Vital statistics of India. Vol. IV, Annual returns from 1871 to 1876. British Army of India, Native Army and jails of Bengal
Year: 1871
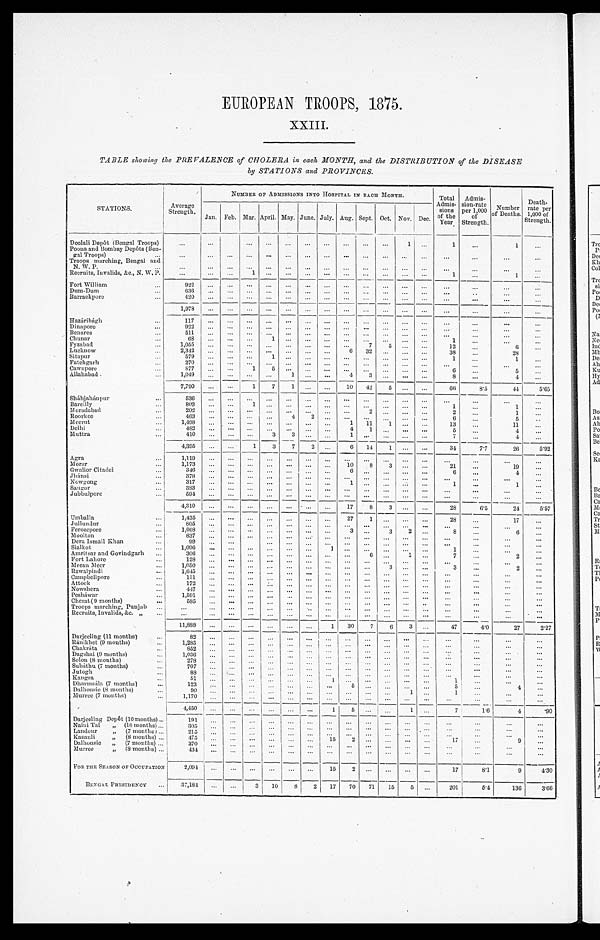
EUROPEAN TROOPS, 1875.
XXIII.
TABLE showing the PREVALENCE of CHOLERA in each MONTH, and the DISTRIBUTION of the DISEASE
by STATIONS and PROVINCES.
STATIONS
Average
Strength
NUMBER OF ADMISSIONS INTO HOSPITAL IN EACH MONTH.
Total A d m i s -
s i o n s o f t h e
Y e a r .
A d m i s -
sion-
r a t e p e r 1 , 0 0 0 o f S t r e n g t h . Number of
Deaths.
Death-
rate per
1 , 0 0 0 o f St r e n g t h .
Jan. Feb. Mar. April. May. June. July. Aug.
S e p t .
Oct. Nov. Dec.
Deolali Depôt (Bengal Troops)
1
1
1
Poona and Bombay Depôts (Ben-
gal Troops)
Troops marching, Bengal and
N. W. P.
Recruits, Invalids, &c., N. W. P.
1
1
1
Fort William
9 2 2
Dum-Dum
636
Barrackpore
420
1,978
Hazáribágh
117
Dinaporo
9 2 2
Benares
511
Chunar
68
1
1
Fyzabad
1,055
7 5
12
6
Lucknow
2,342
6 32
38
28
Sitapur
579
1
1
1
Fatehgarh
270
Cawnpore
877
1 5
6
5
Allahabad
1,049
1
4 3
8
4
7,790
1 7 1
10 42 5
6 6
8. 5
44
5.65
Sháhjahánpur
536
Bar ei l l y
803
1
1
1
Moradabad
2 0 2
2
2
1
Roorkee
463
4
2
6
5
Meer ut
1, 498
1 11 1
13
11
Delhi
4 8 2
4
1
5
4
Mut t r a
410
3
3
1
7
4
4,395
1 3 7 2
6 14 1
34
7.7
26
5.92
Agra
1,119
_
Morar
1,173
10 8 3
21
1 9
Gwalior Citadel
3 4 6
6
6
4
Jhánsi
378
Nowgong
317
1
1
1
Saugor
383
Jubbulpore
5 9 4
4,310
17 8 3
28
6. 5
24
5.57
Umballa
1,435
27
1
28
17
Jullundur
805
Ferozepore
1 , 0 6 8
3
3 2
8
6
Mooltan
837
Dera Ismail Khan
99
Sialkot
1 , 0 9 6
1
1
Amritsar and Govindgarh
306
6
1
7
2
Fort Lahore
128
Meean Meer
1,050
3
3
2
Rawalpindi
1 , 6 4 5
Campbellpore
151
Attock
172
Nowshera
447
Pesháwar
1 , 5 9 7
Cherat (9 months)
585
Troops marching, Punjab
Recruits, Invalids, &c. „
11,888
1
30 7 6 3
47
4. 0
27
2.27
Darjeeling (11 months)
82
Ránikhet.(9 months)
1,285
Chakráta
852
Dagshai (9 mouths)
1,036
Solon (8 months)
278
S u b á t h u ( 7 m o n t h s )
7 0 7
J u t o g h
88
Kangra
5 1
1
1
Dharmsála (7 months)
1 2 3
5
5
4
Dalhousie (8 months)
9 0
1
1
Murree (7 months)
1,170
4,450
1
5
1
7
1.6
4
. 9 0
Darjeeling Depôt (10 months)
191
Naini Tal „ (10 months)
305
Landour „ (7 months)
215
Kasauli „ (8 months)
475
15
2
17
9
Dalhousie „ (7 months)
370
Murrer „ (8 months) 4 3 4
FOR THE SEASON OF OCCUPATION
2 , 0 9 4
15
2
17
8.1
9
4 . 3 0
BENGAL PRESIDENCY
37,184
3 10 8
2
1 7 7 0 7 1 15 5
201
5.4
136
3 . 6 6